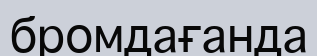
бромдағанда